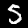
Label: 5